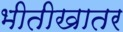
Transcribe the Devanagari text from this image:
भीतीखातर